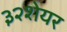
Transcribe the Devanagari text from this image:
३२शेयर